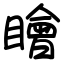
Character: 瞺